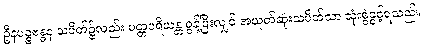
ဦနပဉ္စဗန္ဓန သပိတ်၌လည်း ပတ္တပရိယန္တ စွန့်ပြီးလျှင် အယုတ်ဆုံးသပိတ်သာ သုံးစွဲခွင့်ရသည်။